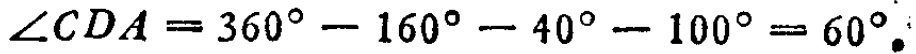
\(\angle CDA = 360^{\circ} - 160^{\circ} - 40^{\circ} - 100^{\circ} = 60^{\circ}.\)